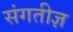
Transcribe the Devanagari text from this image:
संगतीज्ञ